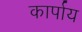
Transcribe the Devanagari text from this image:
कार्पाय